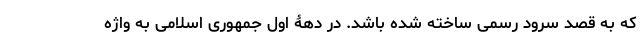
که به قصد سرود رسمی ساخته شده باشد. در دهۀ اول جمهوری اسلامی به واژه